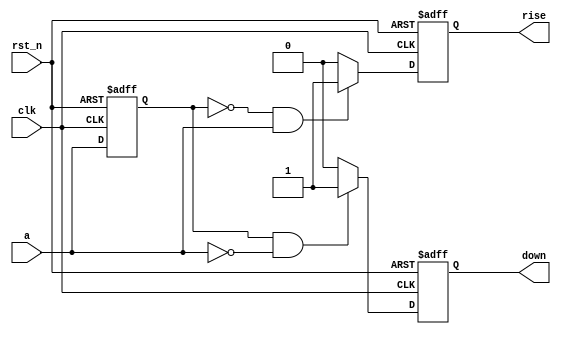
`timescale 1ns / 1ns
module edge_detect (
    input clk,
    input rst_n,
    input a,

    output reg rise,
    output reg down
);
    reg a_previous;
    always @(posedge clk or negedge rst_n) begin
        if (!rst_n) a_previous <= 0;
        else a_previous <= a;
    end
    always @(posedge clk or negedge rst_n) begin
        if (!rst_n) rise <= 0;
        else if (!a_previous & a) rise <= 1;
        else rise <= 0;
    end
    always @(posedge clk or negedge rst_n) begin
        if (!rst_n) down <= 0;
        else if (a_previous & !a) down <= 1;
        else down <= 0;
    end



endmodule